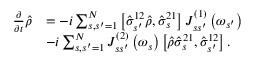
\begin{array} { r l } { \frac { \partial } { \partial t } \hat { \rho } } & { = - i \sum _ { s , s ^ { \prime } = 1 } ^ { N } \left[ \hat { \sigma } _ { s ^ { \prime } } ^ { 1 2 } \hat { \rho } , \hat { \sigma } _ { s } ^ { 2 1 } \right] J _ { s s ^ { \prime } } ^ { \left( 1 \right) } \left( \omega _ { s ^ { \prime } } \right) } \\ & { - i \sum _ { s , s ^ { \prime } = 1 } ^ { N } J _ { s s ^ { \prime } } ^ { \left( 2 \right) } \left( \omega _ { s } \right) \left[ \hat { \rho } \hat { \sigma } _ { s } ^ { 2 1 } , \hat { \sigma } _ { s ^ { \prime } } ^ { 1 2 } \right] . } \end{array}